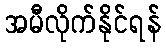
အမီလိုက်နိုင်ရန်